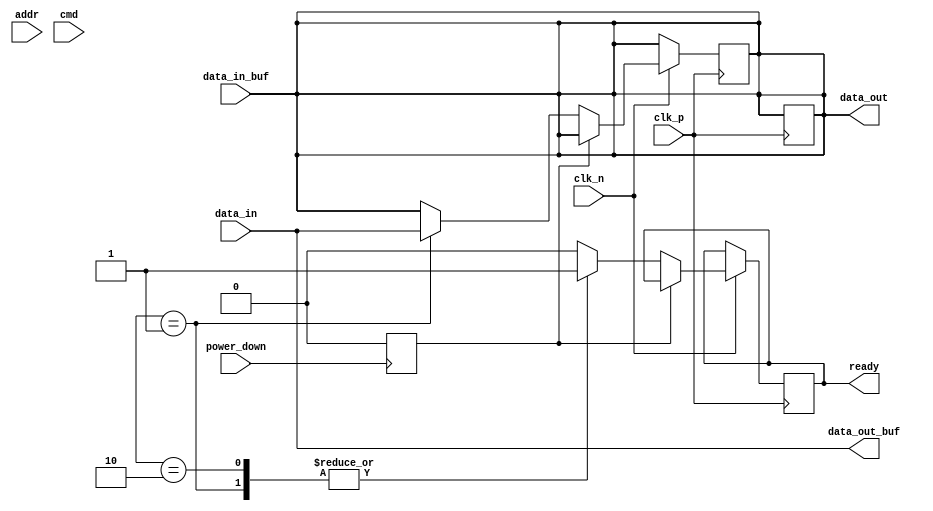
module lpddr_io_block (
    input wire clk_p,                // Positive differential clock input
    input wire clk_n,                // Negative differential clock input
    input wire [31:0] data_in,       // Data input (x32 configuration)
    output wire [31:0] data_out,     // Data output
    input wire [15:0] addr,          // Address input
    input wire [3:0] cmd,            // Command input (e.g., read, write, refresh)
    input wire power_down,            // Power down control
    output wire ready,                // Ready signal for memory controller
    output wire [31:0] data_out_buf,  // Buffered data output
    input wire [31:0] data_in_buf     // Buffered data input
);

    // Internal signals
    reg [31:0] data_reg;
    reg ready_reg;
    reg [3:0] cmd_reg;
    reg power_state; // 0: active, 1: idle, 2: sleep

    // Clock management
    always @(posedge clk_p or negedge clk_n) begin
        if (!clk_n) begin
            // Handle clock falling edge
        end else begin
            // Handle clock rising edge
            if (power_state == 0) begin
                // Active state: process commands and data
                case (cmd_reg)
                    4'b0001: begin // Example: Read command
                        data_reg <= data_in;
                        ready_reg <= 1'b1;
                    end
                    4'b0010: begin // Example: Write command
                        data_out <= data_in_buf;
                        ready_reg <= 1'b1;
                    end
                    // Add more command cases as needed
                    default: ready_reg <= 1'b0;
                endcase
            end
        end
    end

    // Power management
    always @(posedge power_down) begin
        if (power_down) begin
            power_state <= 2; // Sleep state
        end else begin
            power_state <= 0; // Active state
        end
    end

    // Output assignments
    assign data_out = data_reg;
    assign ready = ready_reg;

    // Input/output buffering
    always @(data_in) begin
        // Buffering logic for input data
        data_out_buf <= data_in;
    end

    always @(data_out) begin
        // Buffering logic for output data
        data_in_buf <= data_out;
    end

endmodule